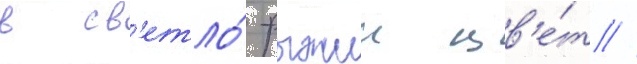
в св'етло́-рыжии цв'е́т //